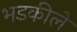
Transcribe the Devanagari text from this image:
भडकीले